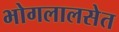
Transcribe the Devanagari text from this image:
भोगलालसेत